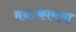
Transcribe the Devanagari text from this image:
मनःकामना